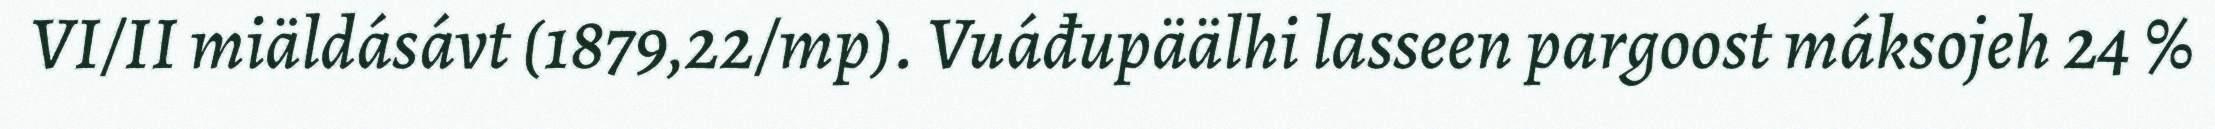
VI/II miäldásávt (1879,22/mp). Vuáđupäälhi lasseen pargoost máksojeh 24 %